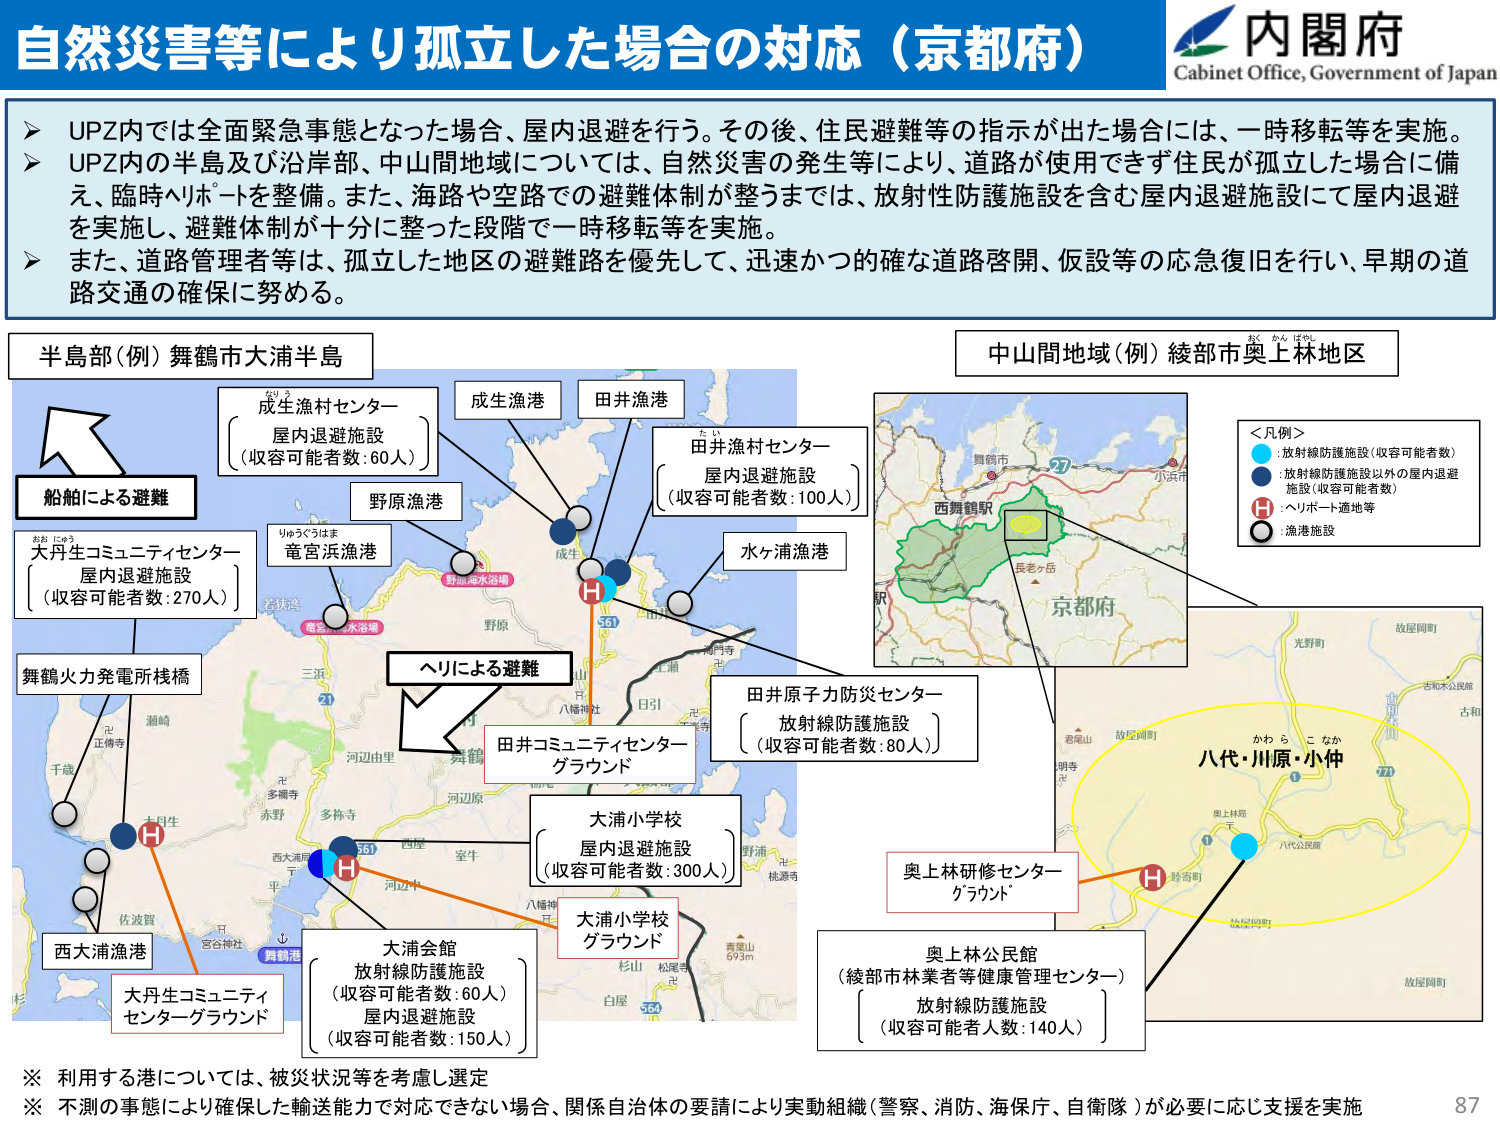
自然災害等により孤立した場合の対応（京都府）
内閣府
Cabinet Office, Government of Japan

➤ UPZ内では全面緊急事態となった場合、屋内退避を行う。その後、住民避難等の指示が出た場合には、一時移転等を実施。
➤ UPZ内の半島及び沿岸部、中山間地域については、自然災害の発生等により、道路が使用できず住民が孤立した場合に備え、臨時ヘリポートを整備。また、海路や空路での避難体制が整うまでは、放射性防護施設を含む屋内退避施設にて屋内退避を実施し、避難体制が十分に整った段階で一時移転等を実施。
➤ また、道路管理者等は、孤立した地区の避難路を優先して、迅速かつ的確な道路啓開、仮設等の応急復旧を行い、早期の道路交通の確保に努める。

半島部（例）舞鶴市大浦半島
成生漁村センター
屋内退避施設
（収容可能者数：60人）
成生漁港
田井漁港
田井漁村センター
屋内退避施設
（収容可能者数：100人）
野原漁港
水ヶ浦漁港
大丹コミュニティセンター
屋内退避施設
（収容可能者数：270人）
竜宮浜漁港
舞鶴火力発電所桟橋
船舶による避難
大浦小学校
屋内退避施設
（収容可能者数：300人）
大浦小学校
グラウンド
大浦会館
放射線防護施設
（収容可能者数：60人）
屋内退避施設
（収容可能者数：150人）
大丹生コミュニティ
センターグラウンド
西大浦漁港
ヘリによる避難
田井コミュニティセンター
グラウンド
田井原子力防災センター
放射線防護施設
（収容可能者数：80人）
中山間地域（例）綾部市奥上林地区
＜凡例＞
●：放射線防護施設（収容可能者数）
●：放射線防護施設以外の屋内退避施設（収容可能者数）
H：ヘリポート適地等
●：漁港施設
舞鶴市
西舞鶴駅
長老ヶ岳
京都府
八代・川原・小仲
かわら こなか
奥上林研修センター
グラウンド
奥上林公民館
（綾部市林業者等健康管理センター）
放射線防護施設
（収容可能者人数：140人）
※ 利用する港については、被災状況等を考慮し選定
※ 不測の事態により確保した輸送能力で対応できない場合、関係自治体の要請により実動組織（警察、消防、海保庁、自衛隊）が必要に応じ支援を実施
87